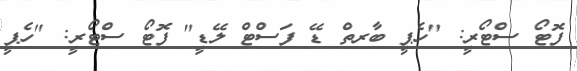
ފޮޓޯ ސްޓޯރީ: "ހެޕީ ބާރތް ޑޭ ފަސްޓް ލޭޑީ" ފޮޓޯ ސްޓޯރީ: "ހެޕީ